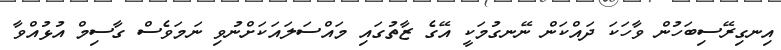
އިނގިރޭސިބަހުން ވާހަކަ ދައްކަން ނޭނގުމަކީ އޭގެ ޒާތުގައި މައްސަލައަކަށްނުވި ނަމަވެސް ގާސިމް އުޅުއްވާ